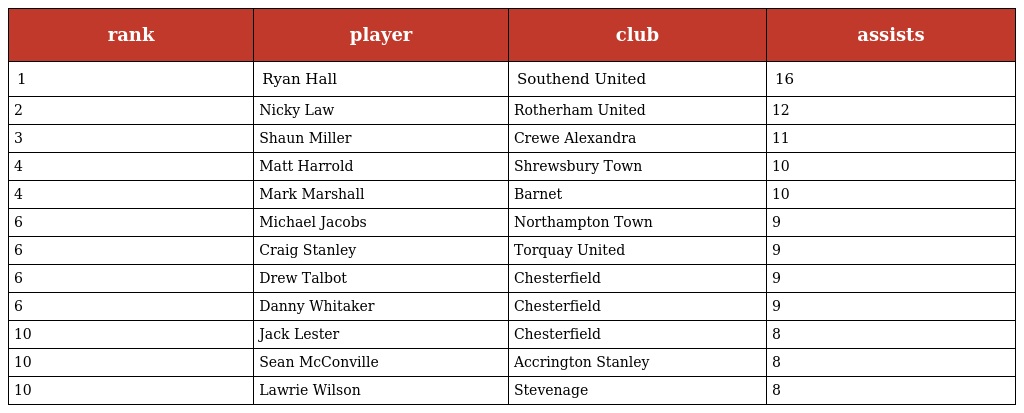
| rank | player | club | assists |
 | --- | --- | --- | --- |
 | 1 | Ryan Hall | Southend United | 16 |
 | 2 | Nicky Law | Rotherham United | 12 |
 | 3 | Shaun Miller | Crewe Alexandra | 11 |
 | 4 | Matt Harrold | Shrewsbury Town | 10 |
 | 4 | Mark Marshall | Barnet | 10 |
 | 6 | Michael Jacobs | Northampton Town | 9 |
 | 6 | Craig Stanley | Torquay United | 9 |
 | 6 | Drew Talbot | Chesterfield | 9 |
 | 6 | Danny Whitaker | Chesterfield | 9 |
 | 10 | Jack Lester | Chesterfield | 8 |
 | 10 | Sean McConville | Accrington Stanley | 8 |
 | 10 | Lawrie Wilson | Stevenage | 8 |